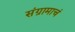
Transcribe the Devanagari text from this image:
संग्रामाचं